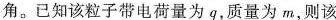
角。已知该粒子带电荷量为q，质量为m，则该